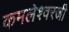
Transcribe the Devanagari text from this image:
कमलेश्वरजी